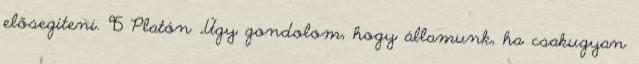
elősegíteni. 95 Platón „Úgy gondolom, hogy államunk, ha csakugyan